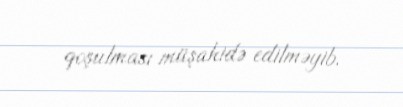
qoşulması müşahidə edilməyib.